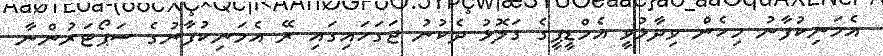
އެމަނިކުފާނު މިހެން ވިދާޅުވީ އެމްޑީޕީގެ ގަލޮޅު ދެކުނު ޖަގަހައިގައި ރޭ އެމަނިކުފާނުގެ ސަޕޯޓަރުންނާ